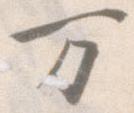
万